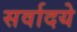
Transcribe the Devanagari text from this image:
सर्वादये